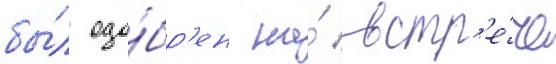
бы́л одо́бр'ен на́ встр'е́че